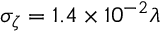
\sigma _ { \zeta } = 1 . 4 \times 1 0 ^ { - 2 } \lambda